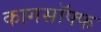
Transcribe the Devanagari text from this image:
कागसॉफ्फ